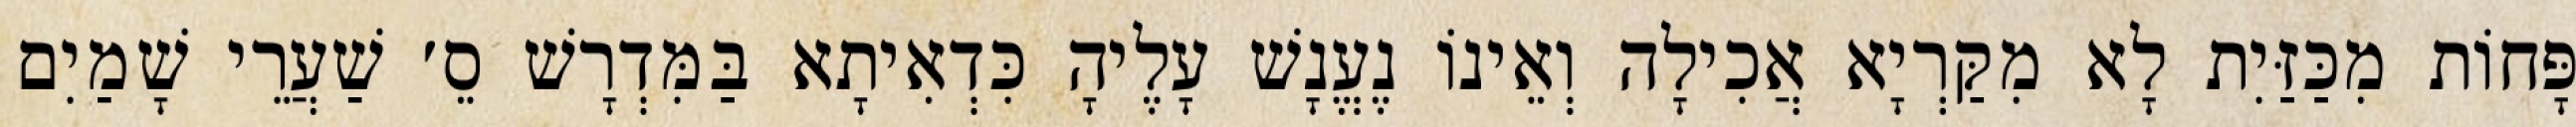
פָּחוֹת מִכַּזַּיִת לָא מִקַּרְיָא אֲכִילָה וְאֵינוֹ נֶעֱנָשׁ עָלֶיהָ כִּדְאִיתָא בַּמִּדְרָשׁ סֵ׳ שַׁעֲרֵי שָׁמַיִם